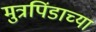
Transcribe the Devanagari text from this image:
मुत्रपिंडाच्या